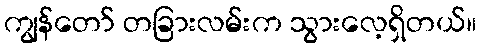
ကျွန်တော် တခြားလမ်းက သွားလေ့ရှိတယ်။